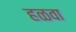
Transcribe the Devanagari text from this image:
हळवा